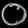
Digit: ၀